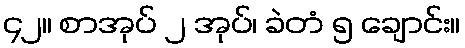
၄၂။ စာအုပ် ၂ အုပ်၊ ခဲတံ ၅ ချောင်း။